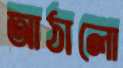
আঠালো